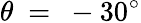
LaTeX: \theta~=~-30^{\circ}